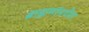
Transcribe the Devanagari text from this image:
ब्राह्मणांमधील